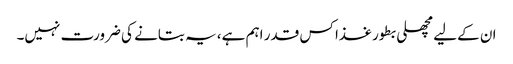
ان کےلیے مچھلی بطور غذا کس قدر اہم ہے، یہ بتانے کی ضرورت نہیں۔